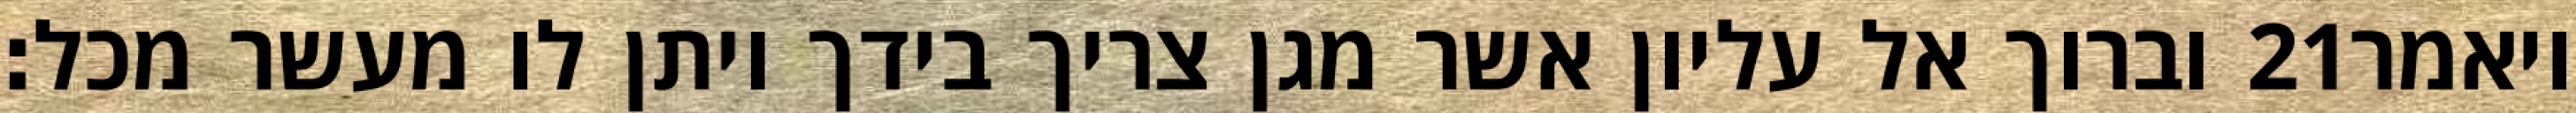
וברוך אל עליון אשר מגן צריך בידך ויתן לו מעשר מכל׃ ‎21‏ ויאמר